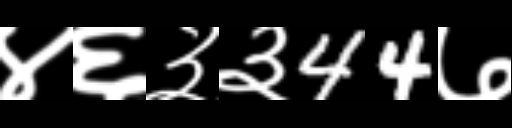
Text: ४६३३44७